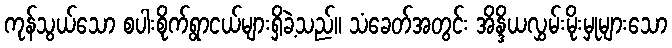
ကုန်သွယ်သော စပါးစိုက်ရွာငယ်များရှိခဲ့သည်။ သံခေတ်အတွင်း အိန္ဒိယလွှမ်းမိုးမှုများသော